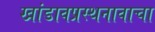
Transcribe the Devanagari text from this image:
खांडावप्रस्थनावाचा